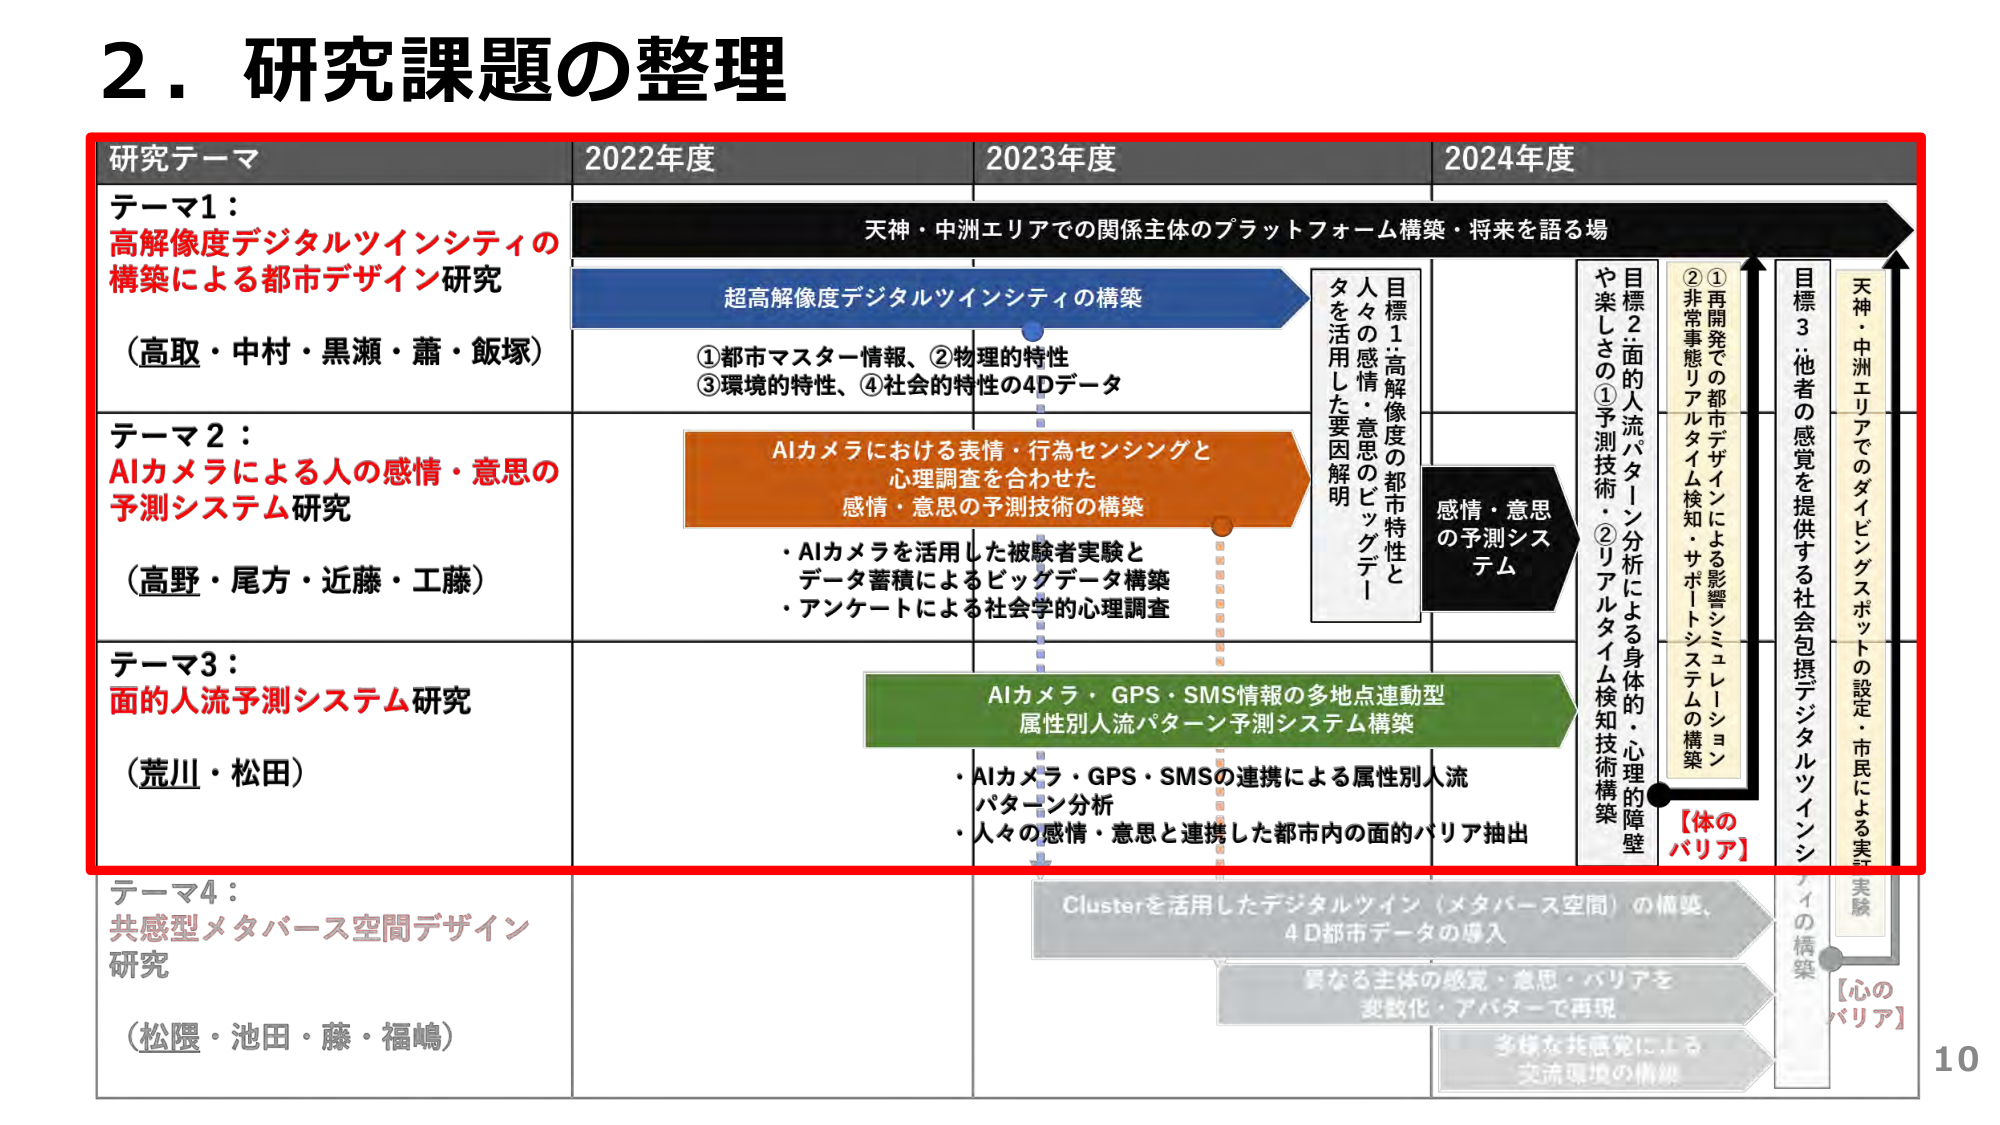
2．研究課題の整理

研究テーマ　2022年度　2023年度　2024年度

テーマ1：
高解像度デジタルツインシティの
構築による都市デザイン研究
（高取・中村・黒瀬・蕭・飯塚）

テーマ2：
AIカメラによる人の感情・意思の
予測システム研究
（高野・尾方・近藤・工藤）

テーマ3：
面的人流予測システム研究
（荒川・松田）

テーマ4：
共感型メタバース空間デザイン
研究
（松隈・池田・藤・福嶋）

天神・中洲エリアでの関係主体のプラットフォーム構築・将来を語る場

超高解像度デジタルツインシティの構築
①都市マスター情報、②物理的特性
③環境的特性、④社会的特性の4Dデータ

AIカメラにおける表情・行為センシングと
心理調査を合わせた
感情・意思の予測技術の構築
・AIカメラを活用した被験者実験と
データ蓄積によるビッグデータ構築
・アンケートによる社会学的心理調査

AIカメラ・GPS・SMS情報の多地点連動型
属性别人流パターン予測システム構築
・AIカメラ・GPS・SMSの連携による属性别人流
パターン分析
・人々の感情・意思と連携した都市内の面的バリア抽出

目標1：高解像度の都市特性と
人々の感情・意思のビッグデータ
を活用した要因解明

感情・意思
の予測システム

目標2：面的人流パターン分析による身体的・心理的障壁
①予測技術・②リアルタイム検知技術構築

②非常事態リアルタイム検知・サポートシステムの構築
①再開発での都市デザインによる影響シミュレーション

目標3：他者の感覚を提供する社会包摂デジタルツインシ
天神・中洲エリアでのダイビングスポットの設定・市民による実験

【体のバリア】

Clusterを活用したデジタルツイン（メタバース空間）の構築、
4D都市データの導入

異なる主体の感覚・意思・バリアを
変数化・アバターで再現

多様な共感覚による
交流環境の構築

【心のバリア】

10